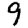
Digit: 9